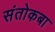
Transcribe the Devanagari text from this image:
संतोकबा